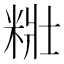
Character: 䊋